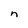
Character: n